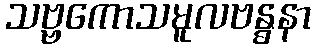
သဗ္ဗကောသမူလဗန္ဓနာ